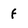
Character: f